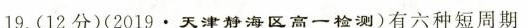
19.(12分)(2019·天津静海区高一检测)有六种短周期